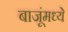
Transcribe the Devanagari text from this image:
बाजूंमध्ये